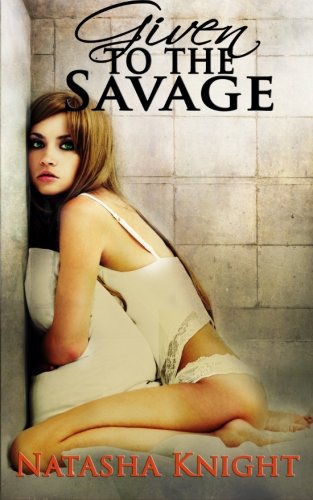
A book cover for Given to the Savage; Natasha Knight; Romance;